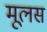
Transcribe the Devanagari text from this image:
मूलस